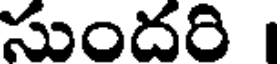
సుందరి